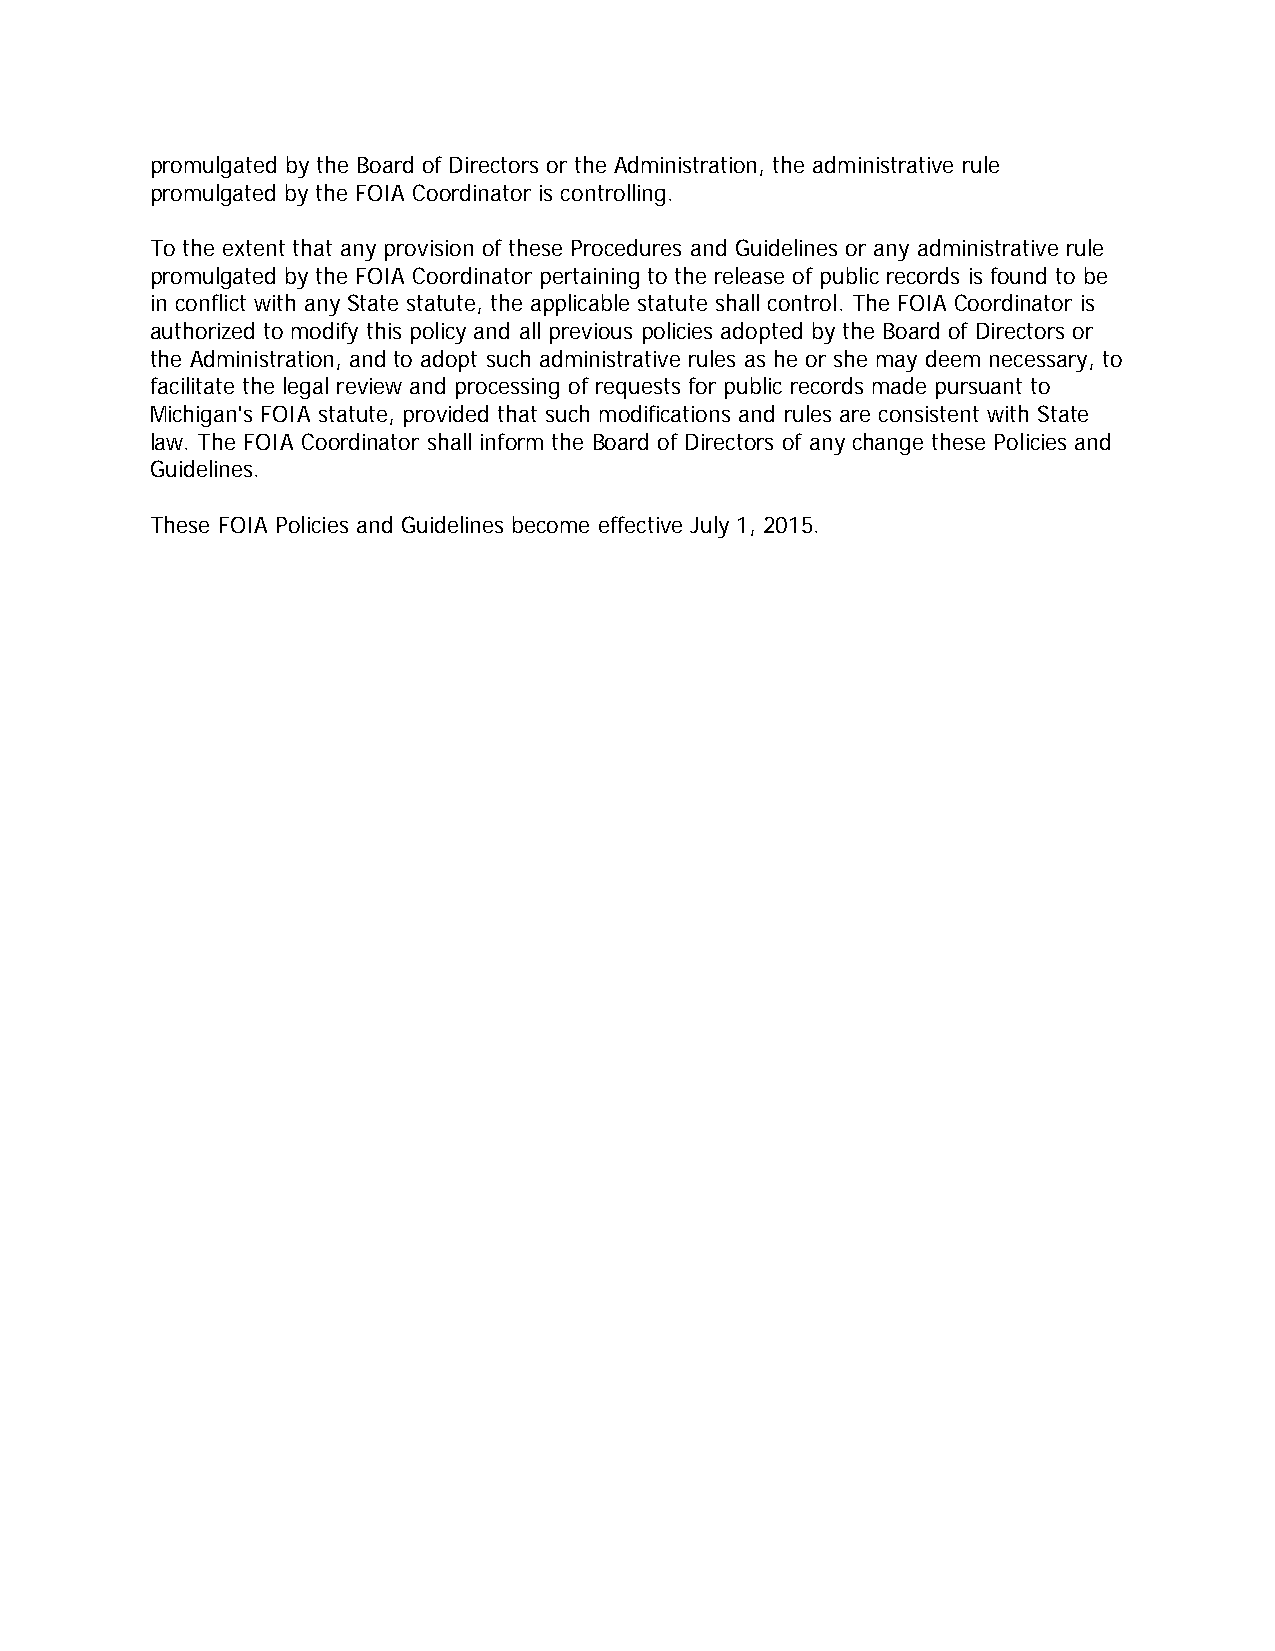
promulgated by the Board of Directors or the Administration, the administrative rule
 promulgated by the FOIA Coordinator is controlling.
 To the extent that any provision of these Procedures and Guidelines or any administrative rule
 promulgated by the FOIA Coordinator pertaining to the release of public records is found to be
 in conflict with any State statute, the applicable statute shall control. The FOIA Coordinator is
 authorized to modify this policy and all previous policies adopted by the Board of Directors or
 the Administration, and to adopt such administrative rules as he or she may deem necessary, to
 facilitate the legal review and processing of requests for public records made pursuant to
 Michigan's FOIA statute, provided that such modifications and rules are consistent with State
 law. The FOIA Coordinator shall inform the Board of Directors of any change these Policies and
 Guidelines.
 These FOIA Policies and Guidelines become effective July 1, 2015.